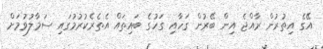
އޭގެ އިތުރުން ރާއްޖެ އިން ބޭރުން ގަހާއި ގަހުގެ ބައިތައް އެތެރެކުރުމުގައި ސަމާލުވުމަށް